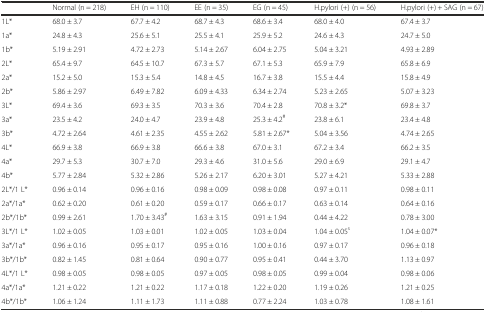
<table><thead><tr><td></td><td><b>Normal (n = 218)</b></td><td><b>EH (n = 110)</b></td><td><b>EE (n = 35)</b></td><td><b>EG (n = 45)</b></td><td><b>H.pylori (+) (n = 56)</b></td><td><b>H.pylori (+) + SAG (n = 67)</b></td></tr></thead><tbody><tr><td>1L*</td><td>68.0 ± 3.7</td><td>67.7 ± 4.2</td><td>68.7 ± 4.3</td><td>68.6 ± 3.4</td><td>68.0 ± 4.0</td><td>67.4 ± 3.7</td></tr><tr><td>1a*</td><td>24.8 ± 4.3</td><td>25.6 ± 5.1</td><td>25.5 ± 4.1</td><td>25.9 ± 5.2</td><td>24.6 ± 4.3</td><td>24.7 ± 5.0</td></tr><tr><td>1b*</td><td>5.19 ± 2.91</td><td>4.72 ± 2.73</td><td>5.14 ± 2.67</td><td>6.04 ± 2.75</td><td>5.04 ± 3.21</td><td>4.93 ± 2.89</td></tr><tr><td>2L*</td><td>65.4 ± 9.7</td><td>64.5 ± 10.7</td><td>67.3 ± 5.7</td><td>67.1 ± 5.3</td><td>65.9 ± 7.9</td><td>65.8 ± 6.9</td></tr><tr><td>2a*</td><td>15.2 ± 5.0</td><td>15.3 ± 5.4</td><td>14.8 ± 4.5</td><td>16.7 ± 3.8</td><td>15.5 ± 4.4</td><td>15.8 ± 4.9</td></tr><tr><td>2b*</td><td>5.86 ± 2.97</td><td>6.49 ± 7.82</td><td>6.09 ± 4.33</td><td>6.34 ± 2.74</td><td>5.23 ± 2.65</td><td>5.07 ± 3.23</td></tr><tr><td>3L*</td><td>69.4 ± 3.6</td><td>69.3 ± 3.5</td><td>70.3 ± 3.6</td><td>70.4 ± 2.8</td><td>70.8 ± 3.2*</td><td>69.8 ± 3.7</td></tr><tr><td>3a*</td><td>23.5 ± 4.2</td><td>24.0 ± 4.7</td><td>23.9 ± 4.8</td><td>25.3 ± 4.2<sup>#</sup></td><td>23.8 ± 6.1</td><td>23.4 ± 4.8</td></tr><tr><td>3b*</td><td>4.72 ± 2.64</td><td>4.61 ± 2.35</td><td>4.55 ± 2.62</td><td>5.81 ± 2.67*</td><td>5.04 ± 3.56</td><td>4.74 ± 2.65</td></tr><tr><td>4L*</td><td>66.9 ± 3.8</td><td>66.9 ± 3.8</td><td>66.6 ± 3.8</td><td>67.0 ± 3.1</td><td>67.2 ± 3.4</td><td>66.2 ± 3.5</td></tr><tr><td>4a*</td><td>29.7 ± 5.3</td><td>30.7 ± 7.0</td><td>29.3 ± 4.6</td><td>31.0 ± 5.6</td><td>29.0 ± 6.9</td><td>29.1 ± 4.7</td></tr><tr><td>4b*</td><td>5.77 ± 2.84</td><td>5.32 ± 2.86</td><td>5.26 ± 2.17</td><td>6.20 ± 3.01</td><td>5.27 ± 4.21</td><td>5.33 ± 2.88</td></tr><tr><td>2L*/1 L*</td><td>0.96 ± 0.14</td><td>0.96 ± 0.16</td><td>0.98 ± 0.09</td><td>0.98 ± 0.08</td><td>0.97 ± 0.11</td><td>0.98 ± 0.11</td></tr><tr><td>2a*/1a*</td><td>0.62 ± 0.20</td><td>0.61 ± 0.20</td><td>0.59 ± 0.17</td><td>0.66 ± 0.17</td><td>0.63 ± 0.14</td><td>0.64 ± 0.16</td></tr><tr><td>2b*/1b*</td><td>0.99 ± 2.61</td><td>1.70 ± 3.43<sup>#</sup></td><td>1.63 ± 3.15</td><td>0.91 ± 1.94</td><td>0.44 ± 4.22</td><td>0.78 ± 3.00</td></tr><tr><td>3L*/1 L*</td><td>1.02 ± 0.05</td><td>1.03 ± 0.01</td><td>1.02 ± 0.05</td><td>1.03 ± 0.04</td><td>1.04 ± 0.05<sup>s</sup></td><td>1.04 ± 0.07*</td></tr><tr><td>3a*/1a*</td><td>0.96 ± 0.16</td><td>0.95 ± 0.17</td><td>0.95 ± 0.16</td><td>1.00 ± 0.16</td><td>0.97 ± 0.17</td><td>0.96 ± 0.18</td></tr><tr><td>3b*/1b*</td><td>0.82 ± 1.45</td><td>0.81 ± 0.64</td><td>0.90 ± 0.77</td><td>0.95 ± 0.41</td><td>0.44 ± 3.70</td><td>1.13 ± 0.97</td></tr><tr><td>4L*/1 L*</td><td>0.98 ± 0.05</td><td>0.98 ± 0.05</td><td>0.97 ± 0.05</td><td>0.98 ± 0.05</td><td>0.99 ± 0.04</td><td>0.98 ± 0.06</td></tr><tr><td>4a*/1a*</td><td>1.21 ± 0.22</td><td>1.21 ± 0.22</td><td>1.17 ± 0.18</td><td>1.22 ± 0.20</td><td>1.19 ± 0.26</td><td>1.21 ± 0.25</td></tr><tr><td>4b*/1b*</td><td>1.06 ± 1.24</td><td>1.11 ± 1.73</td><td>1.11 ± 0.88</td><td>0.77 ± 2.24</td><td>1.03 ± 0.78</td><td>1.08 ± 1.61</td></tr></tbody></table>